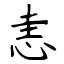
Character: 恚